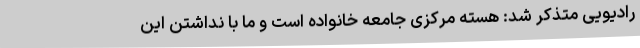
رادیویی متذکر شد: هسته مرکزی جامعه خانواده است و ما با نداشتن این